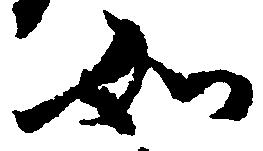
如